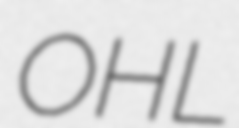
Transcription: OHL